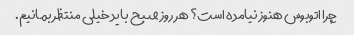
چرا اتوبوس هنوز نیامده است؟ هر روز صبح باید خیلی منتظر بمانیم.